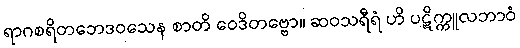
ရာဂစရိတဘေဒဝသေန စာတိ ဝေဒိတဗ္ဗော။ ဆဝသရီရံ ဟိ ပဋိက္ကူလဘာဝံ